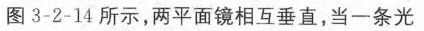
图3-2-14所示，两平面镜相互垂直，当-条光